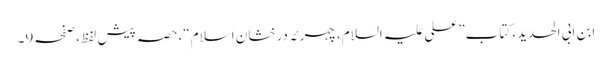
ابن ابی الحدید، کتاب”علی علیہ السلام،چہرئہ درخشانِ اسلام“،حصہ پیش لفظ،صفحہ9۔